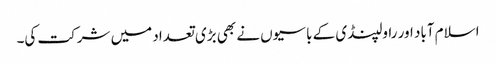
اسلام آباد اور راولپنڈی کے باسیوں نے بھی بڑی تعداد میں شرکت کی۔